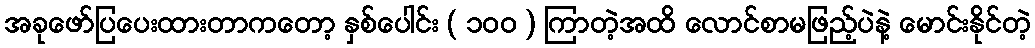
အခုဖော်ပြပေးထားတာကတော့ နှစ်ပေါင်း ( ၁၀၀ ) ကြာတဲ့အထိ လောင်စာမဖြည့်ပဲနဲ့ မောင်းနိုင်တဲ့